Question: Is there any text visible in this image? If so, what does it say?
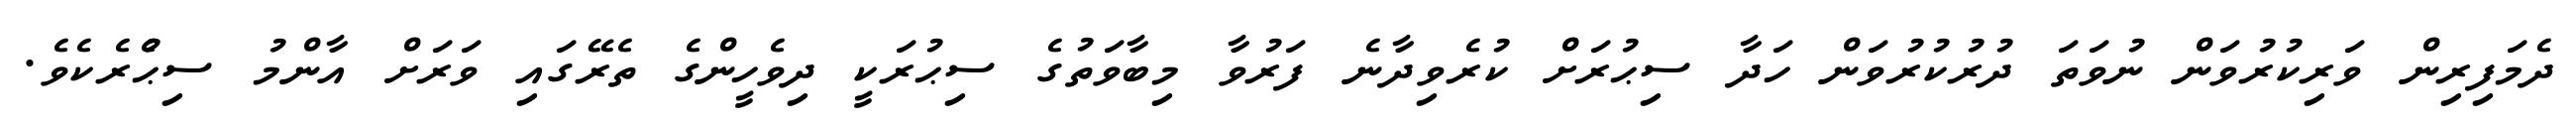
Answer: ދެމަފިރިން ވަރިކުރުވަން ނުވަތަ ދުރުކުރުވަން ހަދާ ސިޙުރަށް ކުރެވިދާނެ ފަރުވާ މިބާވަތުގެ ސިޙުރަކީ ދިވެހީންގެ ތެރޭގައި ވަރަށް އާންމު ސިޙުެރެކެވެ.